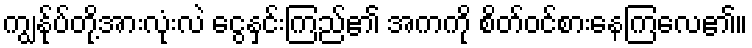
ကျွန်ုပ်တို့အားလုံးလဲ ငွေနှင်းကြည်၏ အကကို စိတ်ဝင်စားနေကြလေ၏။